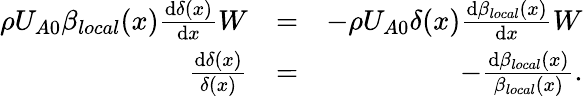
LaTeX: \begin{array}{rlr}{\rho U_{A0}\beta_{local}(x)\frac{\mathrm{d}\delta(x)}{\mathrm{d}x}W}&{=}&{-\rho U_{A0}\delta(x)\frac{\mathrm{d}\beta_{local}(x)}{\mathrm{d}x}W}\\ {\frac{\mathrm{d}\delta(x)}{\delta(x)}}&{=}&{-\frac{\mathrm{d}\beta_{local}(x)}{\beta_{local}(x)}.}\end{array}